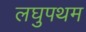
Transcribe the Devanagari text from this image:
लघुपथम